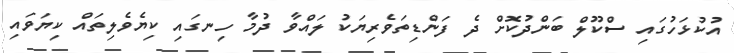
އުކުޅަހުގައި ސްކޫލް ބަންދުކޮށް ދެ ފަންޑިތަވެރިޔަކު ލައްވާ ދުމާ ހިނގައި ކިޔެވެލިތައް ކިޔަވައި